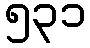
၅၃၁